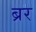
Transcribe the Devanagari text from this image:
ब्रर